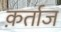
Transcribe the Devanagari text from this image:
क़र्ताज